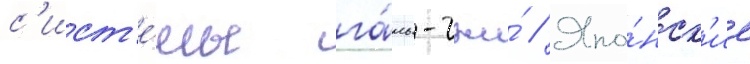
с'ист'е́мы га́нь-чжи́ // Япо́нск'ие